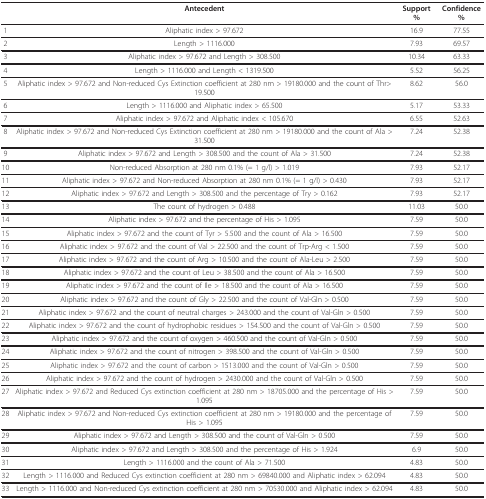
<table><thead><tr><td>[EMPTY_CELL]</td><td><b>Antecedent</b></td><td><b>Support %</b></td><td><b>Confidence %</b></td></tr></thead><tbody><tr><td>1</td><td>Aliphatic index &gt; 97.672</td><td>16.9</td><td>77.55</td></tr><tr><td>2</td><td>Length &gt; 1116.000</td><td>7.93</td><td>69.57</td></tr><tr><td>3</td><td>Aliphatic index &gt; 97.672 and Length &gt; 308.500</td><td>10.34</td><td>63.33</td></tr><tr><td>4</td><td>Length &gt; 1116.000 and Length &lt; 1319.500</td><td>5.52</td><td>56.25</td></tr><tr><td>5</td><td>Aliphatic index &gt; 97.672 and Non-reduced Cys Extinction coefficient at 280 nm &gt; 19180.000 and the count of Thr&gt; 19.500</td><td>8.62</td><td>56.0</td></tr><tr><td>6</td><td>Length &gt; 1116.000 and Aliphatic index &gt; 65.500</td><td>5.17</td><td>53.33</td></tr><tr><td>7</td><td>Aliphatic index &gt; 97.672 and Aliphatic index &lt; 105.670</td><td>6.55</td><td>52.63</td></tr><tr><td>8</td><td>Aliphatic index &gt; 97.672 and Non-reduced Cys Extinction coefficient at 280 nm &gt; 19180.000 and the count of Ala &gt; 31.500</td><td>7.24</td><td>52.38</td></tr><tr><td>9</td><td>Aliphatic index &gt; 97.672 and Length &gt; 308.500 and the count of Ala &gt; 31.500</td><td>7.24</td><td>52.38</td></tr><tr><td>10</td><td>Non-reduced Absorption at 280 nm 0.1% (= 1 g/l) &gt; 1.019</td><td>7.93</td><td>52.17</td></tr><tr><td>11</td><td>Aliphatic index &gt; 97.672 and Non-reduced Absorption at 280 nm 0.1% (= 1 g/l) &gt; 0.430</td><td>7.93</td><td>52.17</td></tr><tr><td>12</td><td>Aliphatic index &gt; 97.672 and Length &gt; 308.500 and the percentage of Try &gt; 0.162</td><td>7.93</td><td>52.17</td></tr><tr><td>13</td><td>The count of hydrogen &gt; 0.488</td><td>11.03</td><td>50.0</td></tr><tr><td>14</td><td>Aliphatic index &gt; 97.672 and the percentage of His &gt; 1.095</td><td>7.59</td><td>50.0</td></tr><tr><td>15</td><td>Aliphatic index &gt; 97.672 and the count of Tyr &gt; 5.500 and the count of Ala &gt; 16.500</td><td>7.59</td><td>50.0</td></tr><tr><td>16</td><td>Aliphatic index &gt; 97.672 and the count of Val &gt; 22.500 and the count of Trp-Arg &lt; 1.500</td><td>7.59</td><td>50.0</td></tr><tr><td>17</td><td>Aliphatic index &gt; 97.672 and the count of Arg &gt; 10.500 and the count of Ala-Leu &gt; 2.500</td><td>7.59</td><td>50.0</td></tr><tr><td>18</td><td>Aliphatic index &gt; 97.672 and the count of Leu &gt; 38.500 and the count of Ala &gt; 16.500</td><td>7.59</td><td>50.0</td></tr><tr><td>19</td><td>Aliphatic index &gt; 97.672 and the count of Ile &gt; 18.500 and the count of Ala &gt; 16.500</td><td>7.59</td><td>50.0</td></tr><tr><td>20</td><td>Aliphatic index &gt; 97.672 and the count of Gly &gt; 22.500 and the count of Val-Gln &gt; 0.500</td><td>7.59</td><td>50.0</td></tr><tr><td>21</td><td>Aliphatic index &gt; 97.672 and the count of neutral charges &gt; 243.000 and the count of Val-Gln &gt; 0.500</td><td>7.59</td><td>50.0</td></tr><tr><td>22</td><td>Aliphatic index &gt; 97.672 and the count of hydrophobic residues &gt; 154.500 and the count of Val-Gln &gt; 0.500</td><td>7.59</td><td>50.0</td></tr><tr><td>23</td><td>Aliphatic index &gt; 97.672 and the count of oxygen &gt; 460.500 and the count of Val-Gln &gt; 0.500</td><td>7.59</td><td>50.0</td></tr><tr><td>24</td><td>Aliphatic index &gt; 97.672 and the count of nitrogen &gt; 398.500 and the count of Val-Gln &gt; 0.500</td><td>7.59</td><td>50.0</td></tr><tr><td>25</td><td>Aliphatic index &gt; 97.672 and the count of carbon &gt; 1513.000 and the count of Val-Gln &gt; 0.500</td><td>7.59</td><td>50.0</td></tr><tr><td>26</td><td>Aliphatic index &gt; 97.672 and the count of hydrogen &gt; 2430.000 and the count of Val-Gln &gt; 0.500</td><td>7.59</td><td>50.0</td></tr><tr><td>27</td><td>Aliphatic index &gt; 97.672 and Reduced Cys extinction coefficient at 280 nm &gt; 18705.000 and the percentage of His &gt; 1.095</td><td>7.59</td><td>50.0</td></tr><tr><td>28</td><td>Aliphatic index &gt; 97.672 and Non-reduced Cys extinction coefficient at 280 nm &gt; 19180.000 and the percentage of His &gt; 1.095</td><td>7.59</td><td>50.0</td></tr><tr><td>29</td><td>Aliphatic index &gt; 97.672 and Length &gt; 308.500 and the count of Val-Gln &gt; 0.500</td><td>7.59</td><td>50.0</td></tr><tr><td>30</td><td>Aliphatic index &gt; 97.672 and Length &gt; 308.500 and the percentage of His &gt; 1.924</td><td>6.9</td><td>50.0</td></tr><tr><td>31</td><td>Length &gt; 1116.000 and the count of Ala &gt; 71.500</td><td>4.83</td><td>50.0</td></tr><tr><td>32</td><td>Length &gt; 1116.000 and Reduced Cys extinction coefficient at 280 nm &gt; 69840.000 and Aliphatic index &gt; 62.094</td><td>4.83</td><td>50.0</td></tr><tr><td>33</td><td>Length &gt; 1116.000 and Non-reduced Cys extinction coefficient at 280 nm &gt; 70530.000 and Aliphatic index &gt; 62.094</td><td>4.83</td><td>50.0</td></tr></tbody></table>